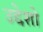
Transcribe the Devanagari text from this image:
उद्देशो